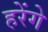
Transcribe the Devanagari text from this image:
हरेंगे